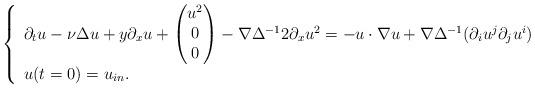
LaTeX: \begin{align*}\left\{ \begin{array}{l}\partial_t u - \nu \Delta u + y \partial_x u + \begin{pmatrix} u^2 \\ 0 \\ 0 \end{pmatrix} - \nabla \Delta^{-1} 2\partial_x u^2 = - u\cdot \nabla u + \nabla \Delta^{-1} (\partial_i u^j \partial_j u^i)\\ u(t=0) = u_{in}.\end{array} \right.\end{align*}